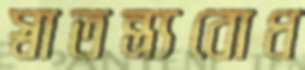
স্বাতন্ত্র্যবোধ